Vaccination United Provinces of Agra and Oudh 1902-1913 - 1902-1913
Year: 1902
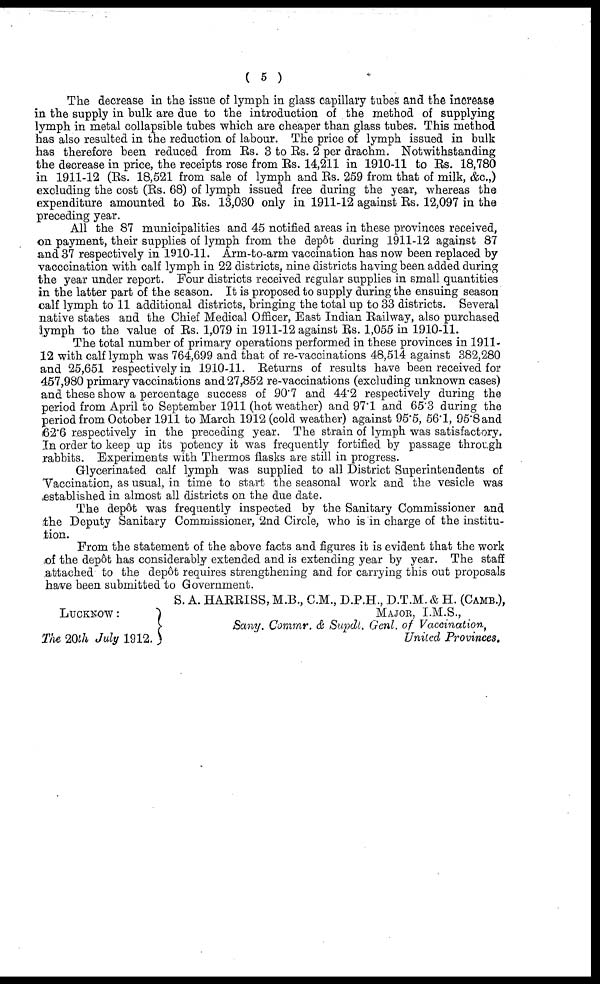
( 5 )
The decrease in the issue of lymph in glass capillary tubes and the increase
in the supply in bulk are due to the introduction of the method of supplying
lymph in metal collapsible tubes which are cheaper than glass tubes. This method
has also resulted in the reduction of labour. The price of lymph issued in bulk
has therefore been reduced from Rs. 3 to Rs. 2 per drachm. Notwithstanding
the decrease in price, the receipts rose from Rs. 14,211 in 1910-11 to Rs. 18,780
in 1911-12 (Rs. 18,521 from sale of lymph and Rs. 259 from that of milk, &c.,)
excluding the cost (Rs. 68) of lymph issued free during the year, whereas the
expenditure amounted to Rs. 13,030 only in 1911-12 against Rs. 12,097 in the
preceding year.
All the 87 municipalities and 45 notified areas in these provinces received,
on payment, their supplies of lymph from the depôt during 1911-12 against 87
and 37 respectively in 1910-11. Arm-to-arm vaccination has now been replaced by
vacccination with calf lymph in 22 districts, nine districts having been added during
the year under report. Four districts received regular supplies in small quantities
in the latter part of the season. It is proposed to supply during the ensuing season
calf lymph to 11 additional districts, bringing the total up to 33 districts. Several
native states and the Chief Medical Officer, East Indian Railway, also purchased
lymph to the value of Rs. 1,079 in 1911-12 against Rs. 1,055 in 1910-11.
The total number of primary operations performed in these provinces in 1911-
12 with calf lymph was 764,699 and that of re-vaccinations 48,514 against 382,280
and 25,651 respectively in 1910-11. Returns of results have been received for
457,980 primary vaccinations and 27,852 re-vaccinations (excluding unknown cases)
and these show a percentage success of 90.7 and 44.2 respectively during the
period from April to September 1911 (hot weather) and 97.1 and 65.3 during the
period from October 1911 to March 1912 (cold weather) against 95.5, 56.1, 95.8 and
62.6 respectively in the preceding year. The strain of lymph was satisfactory.
In order to keep up its potency it was frequently fortified by passage through
rabbits. Experiments with Thermos flasks are still in progress.
Glycerinated calf lymph was supplied to all District Superintendents of
Vaccination, as usual, in time to start the seasonal work and the vesicle was
established in almost all districts on the due date.
The depôt was frequently inspected by the Sanitary Commissioner and
the Deputy Sanitary Commissioner, 2nd Circle, who is in charge of the institu-
tion.
From the statement of the above facts and figures it is evident that the work
of the depôt has considerably extended and is extending year by year. The staff
attached to the depôt requires strengthening and for carrying this out proposals
have been submitted to Government.
S. A. HARRISS, M.B., CM., D.P.H., D.T.M. & H. (CAMB.),
LUCKNOW :
The 20th July 1912.
MAJOR, I.M.S.,
Sany. Commr. & Supdl. Genl. of Vaccination,
United Provinces.